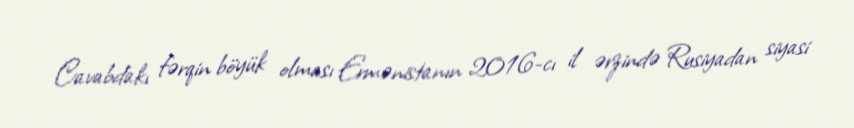
Cavabdakı fərqin böyük olması Ermənistanın 2016-cı il ərzində Rusiyadan siyasi